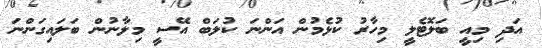
އަދި މިއީ ބަލޮޓެލީ މިހާރު ކުޅެމުން އަންނަ ކުލަބް އޭސީ މިލާނުން ބަލައިގަންނަ